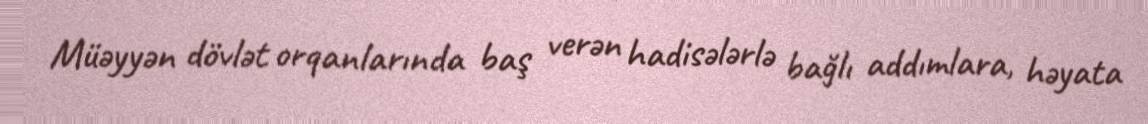
Müəyyən dövlət orqanlarında baş verən hadisələrlə bağlı addımlara, həyata